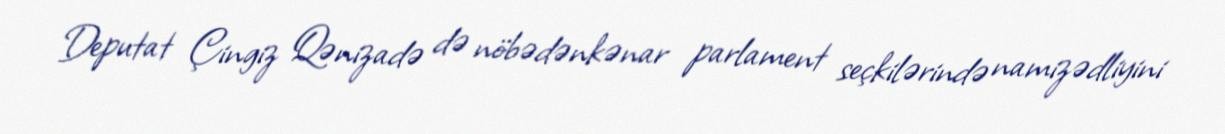
Deputat Çingiz Qənizadə də nöbədənkənar parlament seçkilərində namizədliyini